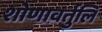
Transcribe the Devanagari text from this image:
शोणावर्तुलि